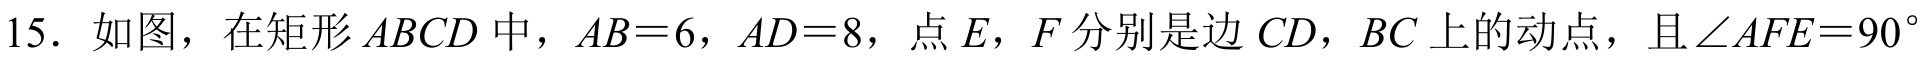
15. 如图，在矩形\(ABCD\)中，\(AB = 6\)，\(AD = 8\)，点\(E\)，\(F\)分别是边 \(CD\)，\(BC\)上的动点，且\(\angle AFE = 90^{\circ}\)